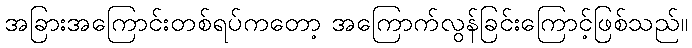
အခြားအကြောင်းတစ်ရပ်ကတော့ အကြောက်လွန်ခြင်းကြောင့်ဖြစ်သည်။